Statistical return of the lunatic asylum in Assam - 1912-1932
Year: 1912
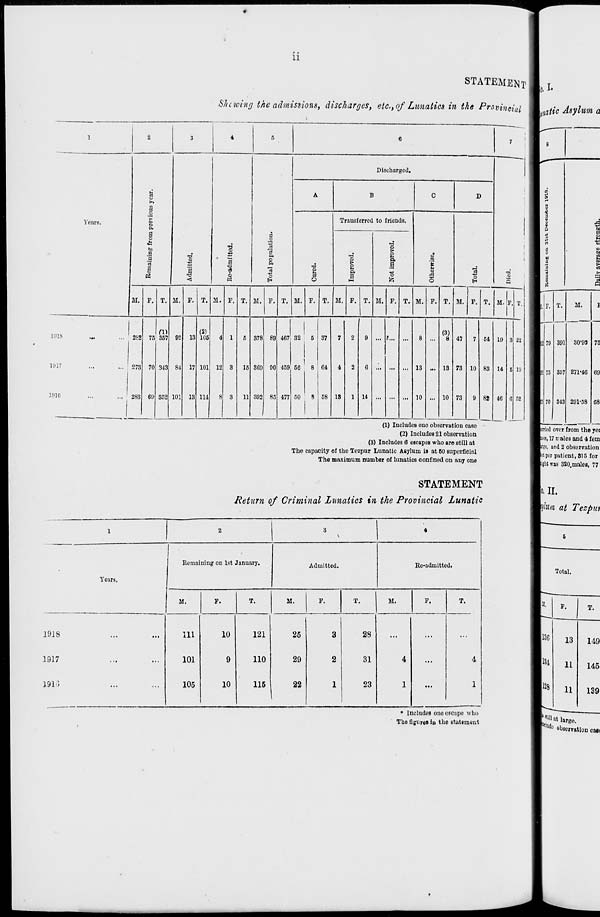
ii
STATEMENT If
Shewing the admissions, discharges, etc., of Lunatics in the Provincial
1
2
3
4
6
6
7
Discharged.
a
A
B
C
D
>,
3 o
Years.
>
o
a
d
Transferred to friends.
o
o
■M
•a
cS
rs
a
o
|
>
V
c.
•a
8
3
o
a,
§
1
a
a
■a
> o
Pi
a
M
a
o
"5
"o
E-t
a
M. P. T. SI. F. T. 21. F. T. M. F. T. M. F. T. M. F. T. M. F. T. M. F. T. M. F. T. M. F.
(D
(3)
(»)
1918
282 75 357 92 13 105
4 1
5 378 89 467 32
5 37
7
2
9
?... ••'
8 ...
8 47
7 54 19 3
1917
...
... 273 70 343 84 17 101 12 3
15 869 00 459 56
8 64
4
2
6 ... ... ... 13 ... 13 73 10 83 14 5
1916
283 69 852 101 13 111
8 3
11 392 85 477 50
8 58 18
1 14 ... ... ... 10 ... 10 73
9 82 46 6
22
10
(1) Includes one observation case
(2) Includes 21 observation
(3) Includes 6 escapes who are still at
The capacity of the Tezpur Lunatic Asylum is at 60 superficial
The maximum number of lunatics confined on any one
STATEMENT
Return of Criminal Lunatics in the Provincial Lunatic
1
2
'. 1
•
Years.
Remaining on 1st January.
Admitted.
Readmitted.
SI.
F.
T.
M.
F.
T.
M.
F.
T.
1J18
.,,
...
1917
1918
Ill
101
105
10
9
10
121
110
115
25
29
22
3
2
1
28
31
23
4
1
...
4
1
0tic Asylum a
a o r>
K
i V I
Xi
p
B
a
6
o
0
H
M
2
0
s >
1
03
D
>
a
*3
, P. T.
M.
I
IS 79 391 30-93 75
2 75 857 271-46 (J9
170 343 291-58 GS
over from the yei
i. : es,17iralesand4fem
ft and 2 observation
tper patient, 315 for
fight was 320.malea, 77
|0. II.
'luta at Tezpu-i
Total.
* Includes ono escapo who
The figures in the statement
X
■
F.
T.
136
13
149
184
11
145
128
11
139
•still at large.
'tliidc c-UBem ;ion caai